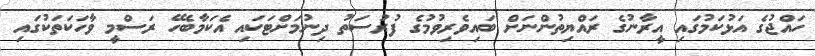
ހައްޖުގެ އަޅުކަމުގައި އީރާނުގެ ރައްޔިތުންނަށް ބައިވެރިވުމުގެ ފުރުސަތު ދިނުމަށްޓަކައި އެކަމާބެހޭ ރަސްމީ ވާހަކަތަކުގައި